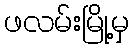
ဖလမ်းမြို့မှ